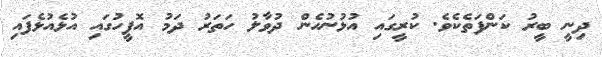
ދިނީ ބީރު ކަންފަތެކެވެ. ކުރީގައި އުޅުނުހެން ދުވާލު ހަތަރު ދަމު އޮފީހުގައި އުޅެއުޅެފައި